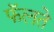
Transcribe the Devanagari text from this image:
फॅलते